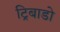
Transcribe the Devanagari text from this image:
ट्रिबाडो